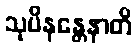
သုပိနန္တေနာတိ